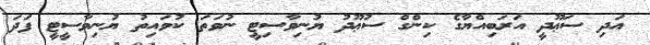
އަދި ސަޢޫދީ އަރަބިއްޔާގެ ކިންގް ސުޢޫދު ޔުނިވާސިޓީ ނުވަތަ ކުވައިތު ޔުނިވާސީޓީ ފަދަ